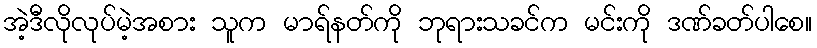
အဲ့ဒီလိုလုပ်မဲ့အစား သူက မာရ်နတ်ကို ဘုရားသခင်က မင်းကို ဒဏ်ခတ်ပါစေ။